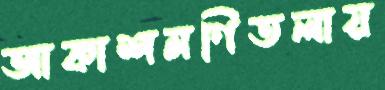
আকাশমণিতলায়